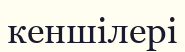
кеншілері